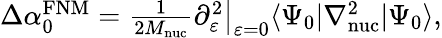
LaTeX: \begin{array}{r}{\Delta\alpha_{0}^{\mathrm{FNM}}=\frac{1}{2M_{\mathrm{nuc}}}\partial_{\varepsilon}^{2}\big|_{\varepsilon=0}\langle\Psi_{0}|\nabla_{\mathrm{nuc}}^{2}|\Psi_{0}\rangle,}\end{array}